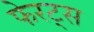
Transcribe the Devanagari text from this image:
फेरट्स